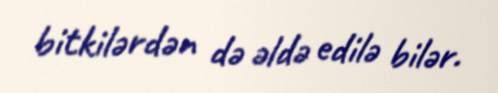
bitkilərdən də əldə edilə bilər.